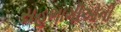
સહભાગીઓની